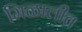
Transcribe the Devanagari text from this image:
मिळालीत